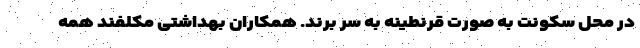
در محل سکونت به صورت قرنطینه به سر برند. همکاران بهداشتی مکلفند همه